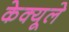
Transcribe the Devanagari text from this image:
केक्यूले